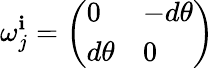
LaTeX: \omega_{j}^{\mathbf{i}}={\left(\begin{array}{ll}{0}&{-d\theta}\\ {d\theta}&{0}\end{array}\right)}